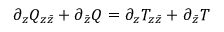
\partial _ { z } Q _ { z \bar { z } } + \partial _ { \bar { z } } Q = \partial _ { z } T _ { z \bar { z } } + \partial _ { \bar { z } } T